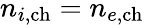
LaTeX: n_{i,\mathrm{ch}}=n_{e,\mathrm{ch}}